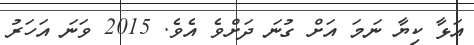
އަޅާ ކިޔާ ނަމަ އަށް ގުނަ ދަށްވެ އެވެ. 2015 ވަނަ އަހަރު